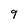
Character: 9